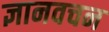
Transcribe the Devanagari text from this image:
ज्ञानवचन